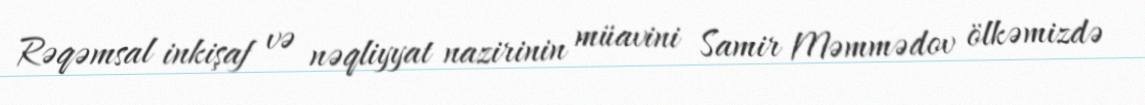
Rəqəmsal inkişaf və nəqliyyat nazirinin müavini Samir Məmmədov ölkəmizdə